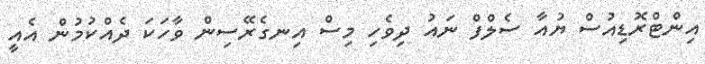
އިންޓްރޮޑިއުސް ޔުއާ ސެލްފް ނައު ދިވެހި މިސް އިނގެރޭސިން ވާހަކަ ދެއްކުމުން އެއީ